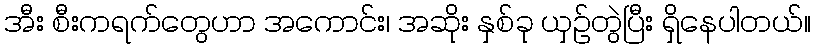
အီး စီးကရက်တွေဟာ အကောင်း၊ အဆိုး နှစ်ခု ယှဉ်တွဲပြီး ရှိနေပါတယ်။